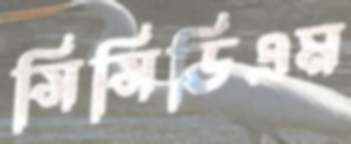
সিসিডিএম